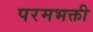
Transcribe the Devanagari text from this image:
परमभक्ती